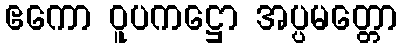
ဧကော ဝူပကဋ္ဌော အပ္ပမတ္တော